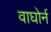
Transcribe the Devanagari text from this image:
वाघोर्न